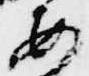
女